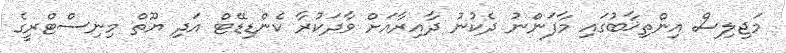
މަޖިލިސް އިންތިޚާބުގައި މާފަންނު ދެކުނު ދާއިރާއަށް ވާދަކުރާ ކެންޑިޑޭޓް އަދި ޔޫތް މިނިސްޓްރީގެ